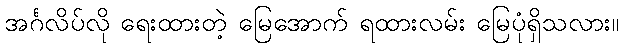
အင်္ဂလိပ်လို ရေးထားတဲ့ မြေအောက် ရထားလမ်း မြေပုံရှိသလား။